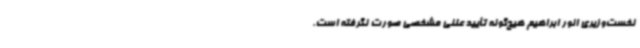
نخست‌وزیری انور ابراهیم هیچ‌گونه تأیید علنی مشخصی صورت نگرفته است.